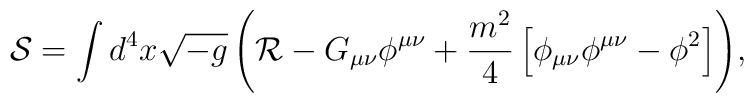
{\mathcal{S}}=\int{d^{4}x\sqrt{-g}\left({\mathcal{R}}-G_{\mu\nu}\phi^{\mu\nu} + \frac{m^{2}}{4}\left[\phi_{\mu\nu}\phi^{\mu\nu}-\phi^{2}\right]\right)},